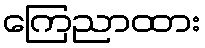
ကြေညာထား